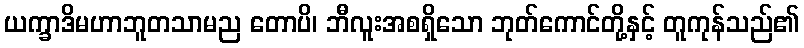
ယက္ခာဒိမဟာဘူတသာမည တောပိ၊ ဘီလူးအစရှိသော ဘုတ်ကောင်တို့နှင့် တူကုန်သည်၏